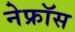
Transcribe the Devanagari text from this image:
नेफ्रॉस